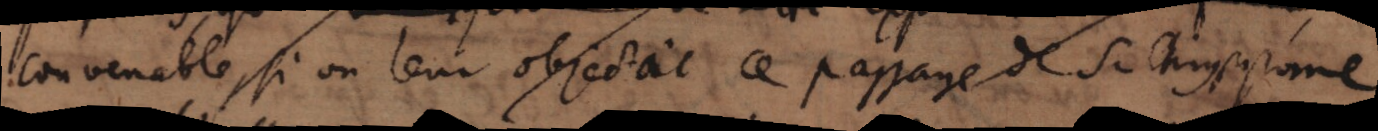
convenable, si on leur objecte ce passage de S. Chrysostome